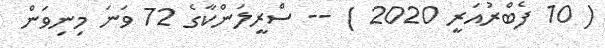
( 10 ފެބްރުއަރީ 2020 ) -- ސްރީލަންކާގެ 72 ވަނަ މިނިވަން